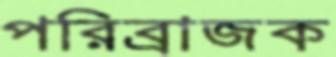
পরিব্রাজক